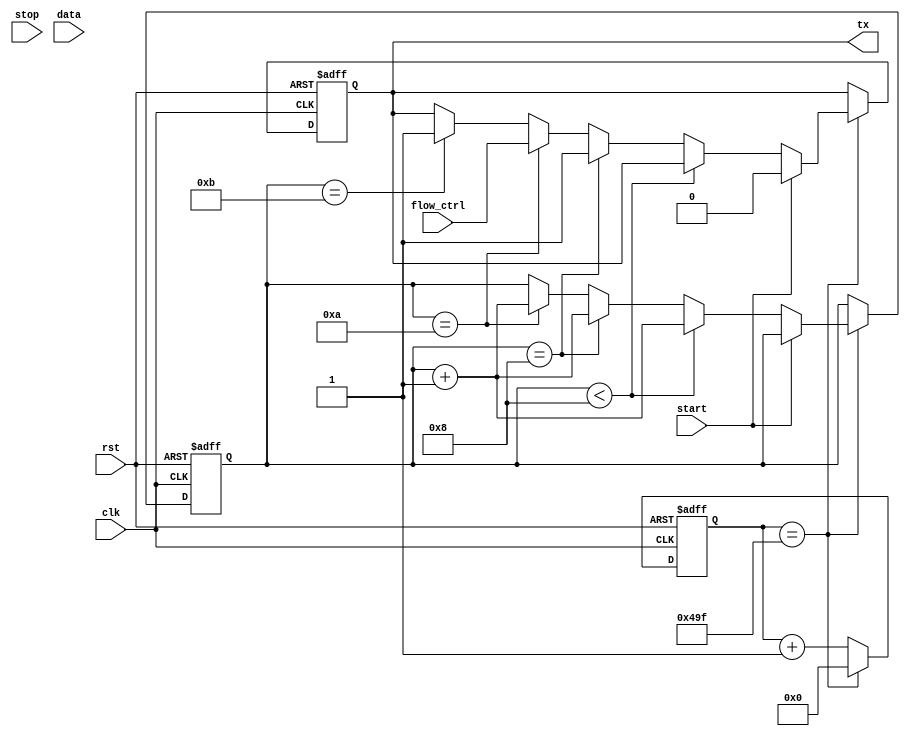
module UART_transmitter (
    input wire clk,      // System clock input
    input wire rst,      // Reset signal input
    input wire start,    // Start bit signal input
    input wire stop,     // Stop bit signal input
    input wire flow_ctrl,// Flow control signal input
    input wire [7:0] data,// Data input
    output reg tx        // Output serial data
);

reg [11:0] baud_rate = 12'h49F; // Baud rate for 9600bps with system clock of 50MHz
reg [10:0] clock_count = 11'd0; // Counter for clock divider
reg [3:0] bit_count = 4'd0;     // Counter for data bits
reg [8:0] shift_reg = 9'd0;     // Shift register for data bits

always @(posedge clk or posedge rst) begin
    if(rst) begin
        clock_count <= 11'd0;
        bit_count <= 4'd0;
        shift_reg <= 9'd0;
        tx <= 1'b1; // Idle state
    end else begin
        if(clock_count == baud_rate) begin
            clock_count <= 11'd0; // Reset clock counter
            if(start) begin
                tx <= 1'b0; // Start bit
            end else if(bit_count < 8) begin
                shift_reg <= {shift_reg[8:1], data[bit_count]}; // Shift data bits
                bit_count <= bit_count + 1; // Increment bit counter
            end else if(bit_count == 8) begin
                tx <= 1'b1; // Stop bit
                bit_count <= bit_count + 1; // Increment bit counter
            end else if(bit_count == 10) begin
                tx <= flow_ctrl; // Flow control signal
                bit_count <= bit_count + 1; // Increment bit counter
            end else if(bit_count == 11) begin
                tx <= 1'b1; // Idle state
            end
        end else begin
            clock_count <= clock_count + 1; // Increment clock counter
        end
    end
end

endmodule